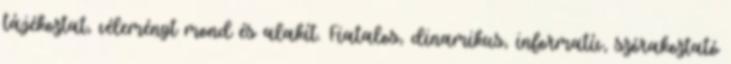
tájékoztat, véleményt mond és alakít. Fiatalos, dinamikus, informatív, szórakoztató